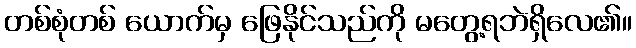
တစ်စုံတစ် ယောက်မှ ဖြေနိုင်သည်ကို မတွေ့ရဘဲရှိလေ၏။